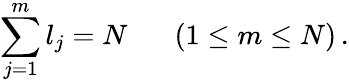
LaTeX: \sum_{j=1}^{m}l_{j}=N\; \; \; \; \; \; (1\leq m\leq N)\, .